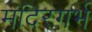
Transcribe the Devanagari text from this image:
मंदिरगर्भ